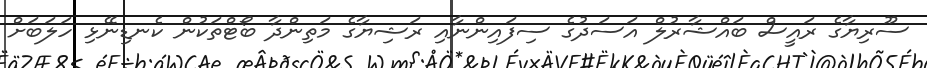
ސޫރިޔާގެ ރައީސް ބައްޝާރުލް އަސަދުގެ ސިފައިންނާއި ރަޝިޔާގެ މަތިންދާ ބޯޓްތަކުން ކެނޑިނޭޅި ހަލަބަށް